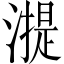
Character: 𣾸